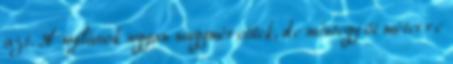
azt. A nyílások ugyan nagyméretűek, de mintegy öt méterre